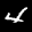
Label: 4